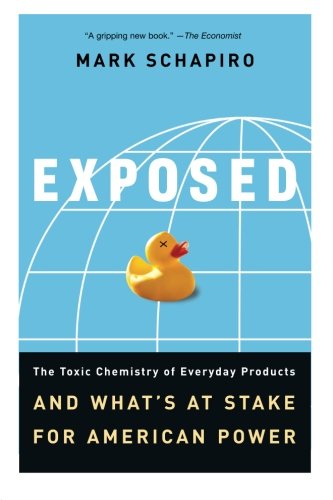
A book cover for Exposed: The Toxic Chemistry of Everyday Products and What's at Stake for American Power; Mark Schapiro; Business & Money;